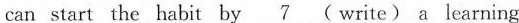
can start the habit by \underline{7} ( write) a learning